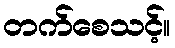
တက်စေသင့်။